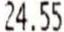
24.55